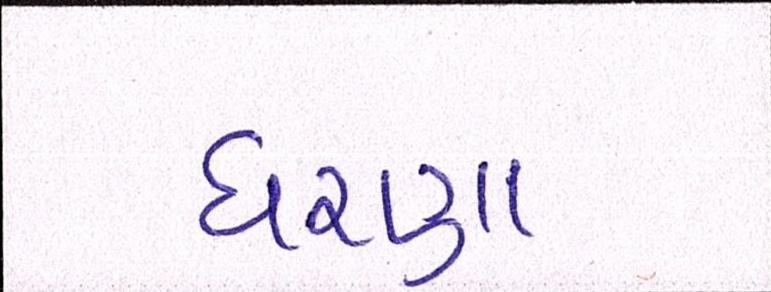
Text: ધરણા